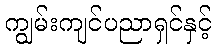
ကျွမ်းကျင်ပညာရှင်နှင့်